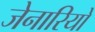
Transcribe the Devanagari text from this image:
जेनारियो